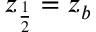
z _ { \frac { 1 } { 2 } } = z _ { b }